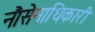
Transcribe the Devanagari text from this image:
नौसेनाधिकारी